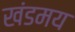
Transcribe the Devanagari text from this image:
खंडमय